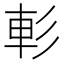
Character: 𨊨